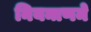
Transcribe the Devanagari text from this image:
नियन्त्रणमे